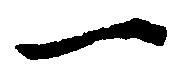
一